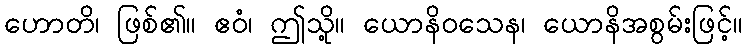
ဟောတိ၊ ဖြစ်၏။ ဧဝံ၊ ဤသို့။ ယောနိဝသေန၊ ယောနိအစွမ်းဖြင့်။